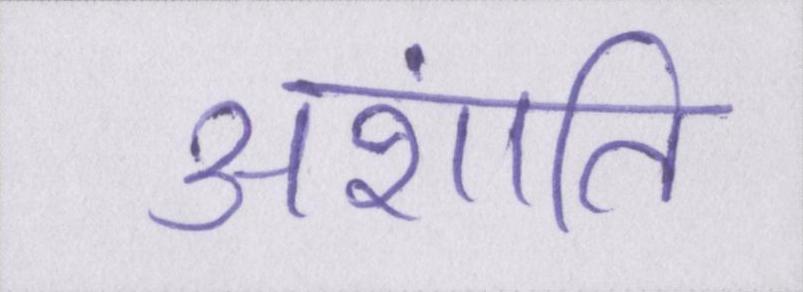
अशांति